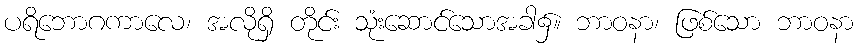
ပရိဘောဂကာလေ၊ အလိုရှိ တိုင်း သုံးဆောင်သောအခါ၌။ ဘာဝနာ၊ ဖြစ်သော ဘာဝနာ